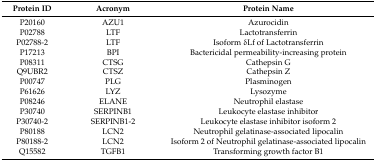
<table><thead><tr><td><b>Protein ID</b></td><td><b>Acronym</b></td><td><b>Protein Name</b></td></tr></thead><tbody><tr><td>P20160</td><td>AZU1</td><td>Azurocidin</td></tr><tr><td>P02788</td><td>LTF</td><td>Lactotransferrin</td></tr><tr><td>P02788-2</td><td>LTF</td><td>Isoform δLf of Lactotransferrin</td></tr><tr><td>P17213</td><td>BPI</td><td>Bactericidal permeability-increasing protein</td></tr><tr><td>P08311</td><td>CTSG</td><td>Cathepsin G</td></tr><tr><td>Q9UBR2</td><td>CTSZ</td><td>Cathepsin Z</td></tr><tr><td>P00747</td><td>PLG</td><td>Plasminogen</td></tr><tr><td>P61626</td><td>LYZ</td><td>Lysozyme</td></tr><tr><td>P08246</td><td>ELANE</td><td>Neutrophil elastase</td></tr><tr><td>P30740</td><td>SERPINB1</td><td>Leukocyte elastase inhibitor</td></tr><tr><td>P30740-2</td><td>SERPINB1-2</td><td>Leukocyte elastase inhibitor isoform 2</td></tr><tr><td>P80188</td><td>LCN2</td><td>Neutrophil gelatinase-associated lipocalin</td></tr><tr><td>P80188-2</td><td>LCN2</td><td>Isoform 2 of Neutrophil gelatinase-associated lipocalin</td></tr><tr><td>Q15582</td><td>TGFB1</td><td>Transforming growth factor B1</td></tr></tbody></table>